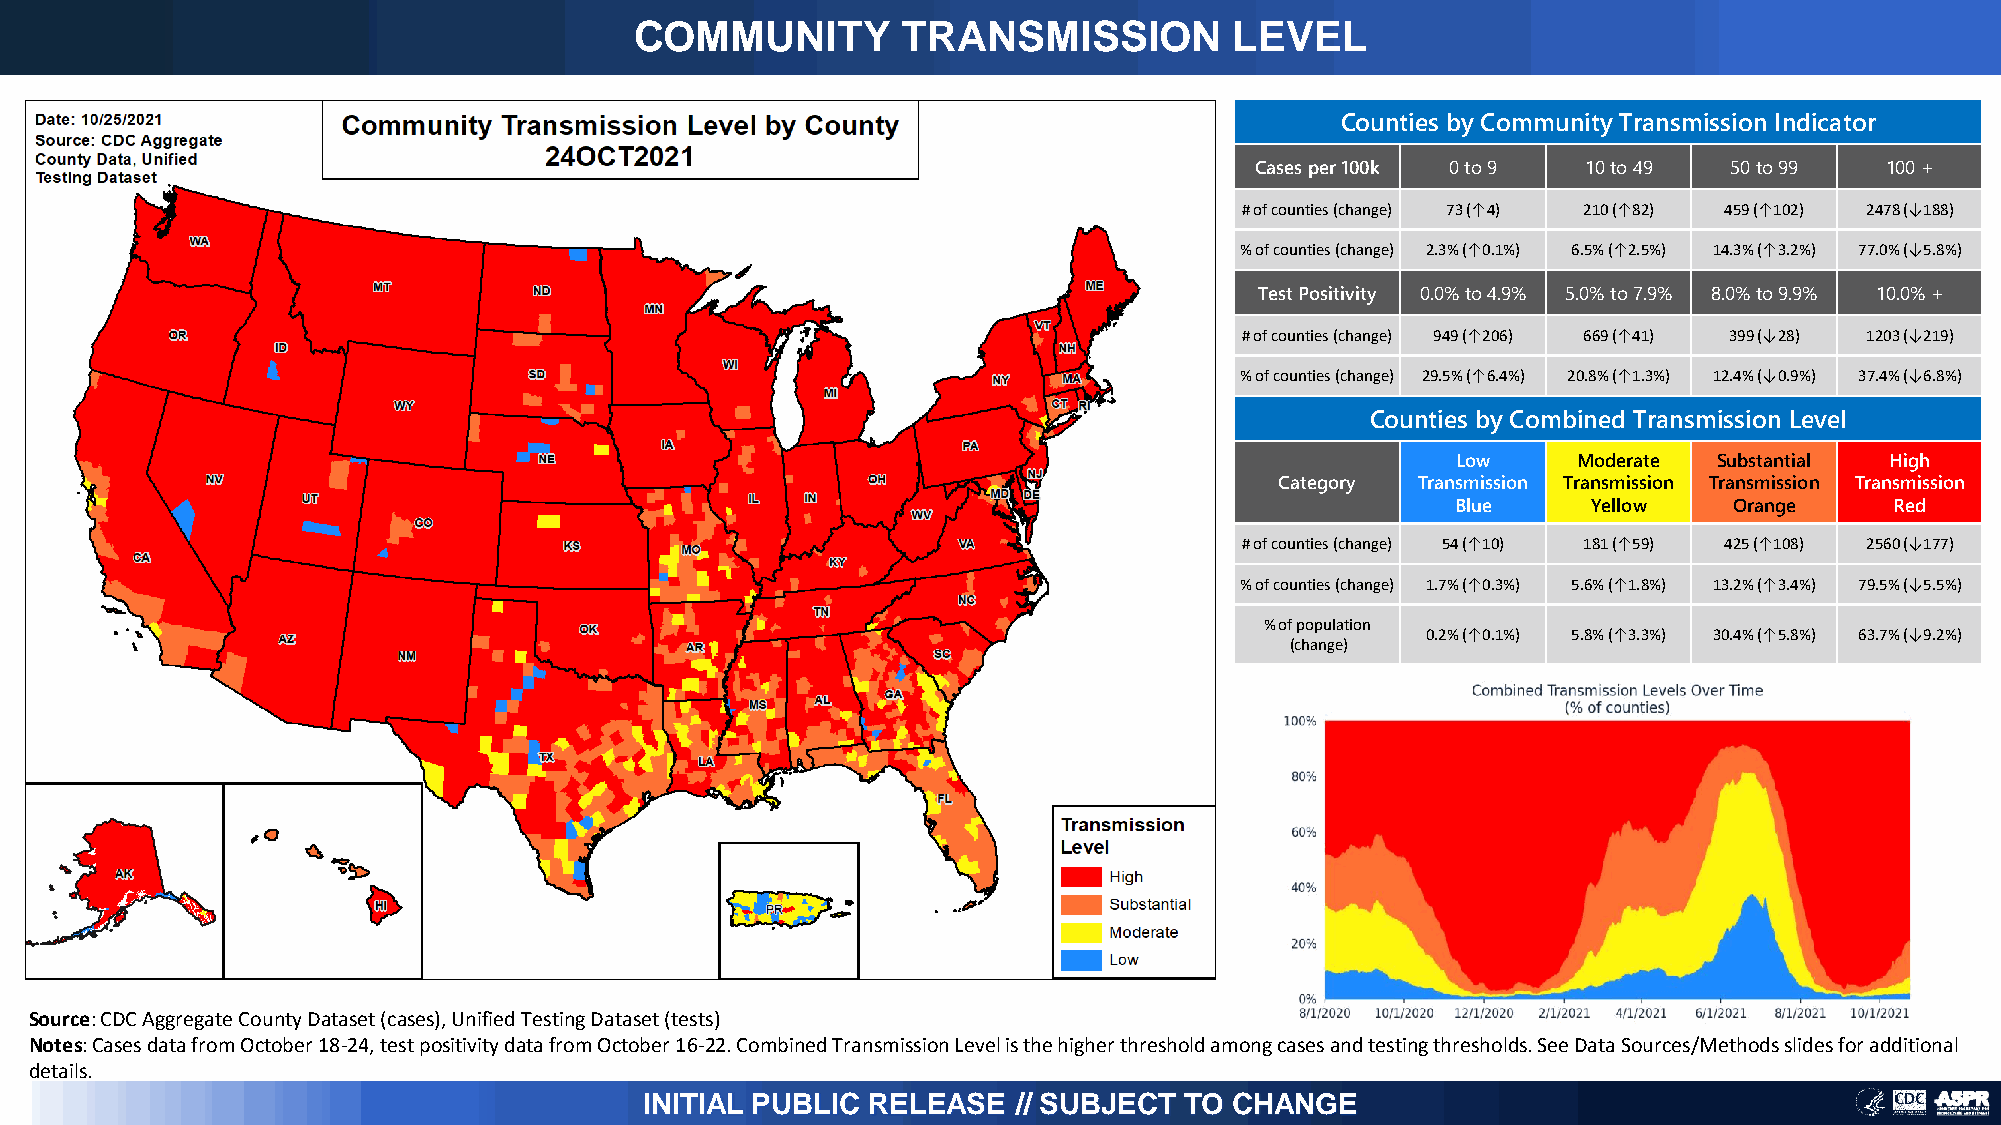
COMMUNITY         TRANSMISSION          LEVEL
 Counties by Community Transmission Indicator
 Cases per 100k 0 to 9 10 to 49 50 to 99   100 +
 # of counties (change) 73 (↑4) 210 (↑82) 459 (↑102) 2478 (↓188)
 % of counties (change) 2.3% (↑0.1%) 6.5% (↑2.5%) 14.3% (↑3.2%) 77.0% (↓5.8%)
 Test Positivity 0.0% to 4.9% 5.0% to 7.9% 8.0% to 9.9% 10.0% +
 # of counties (change) 949 (↑206) 669 (↑41) 399 (↓28) 1203 (↓219)
 % of counties (change) 29.5% (↑6.4%) 20.8% (↑1.3%) 12.4% (↓0.9%) 37.4% (↓6.8%)
 Counties by Combined Transmission Level
 Low     Moderate  Substantial High
 Category Transmission Transmission Transmission Transmission
 Blue     Yellow    Orange    Red
 # of counties (change) 54 (↑10) 181 (↑59) 425 (↑108) 2560 (↓177)
 % of counties (change) 1.7% (↑0.3%) 5.6% (↑1.8%) 13.2% (↑3.4%) 79.5% (↓5.5%)
 % of population
 0.2% (↑0.1%) 5.8% (↑3.3%) 30.4% (↑5.8%) 63.7% (↓9.2%)
 (change)
 Source: CDC Aggregate County Dataset (cases), Unified Testing Dataset (tests)
 Notes: Cases data from October 18-24, test positivity data from October 16-22. Combined Transmission Level is the higher threshold among cases and testing thresholds. See Data Sources/Methods slides for additional
 details.
 INITIAL PUBLIC RELEASE  // SUBJECT TO  CHANGE